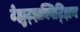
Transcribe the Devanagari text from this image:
टेह्युट्झक्विट्झिन